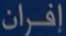
إفران